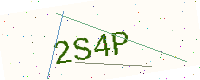
Text: 2S4P